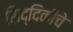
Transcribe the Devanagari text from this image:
सिद्दिकीचे